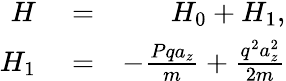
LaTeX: \begin{array}{rlr}{H}&{{}=}&{H_{0}+H_{1},}\\ {H_{1}}&{{}=}&{-\frac{Pqa_{z}}{m}+\frac{q^{2}a_{z}^{2}}{2m}}\end{array}